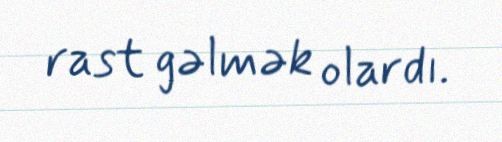
rast gəlmək olardı.